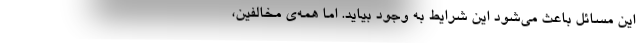
این مسائل باعث می‌شود این شرایط به وجود بیاید. اما همه‌ی مخالفین،